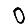
Digit: 0